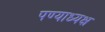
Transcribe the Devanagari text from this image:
पण्याध्यक्ष